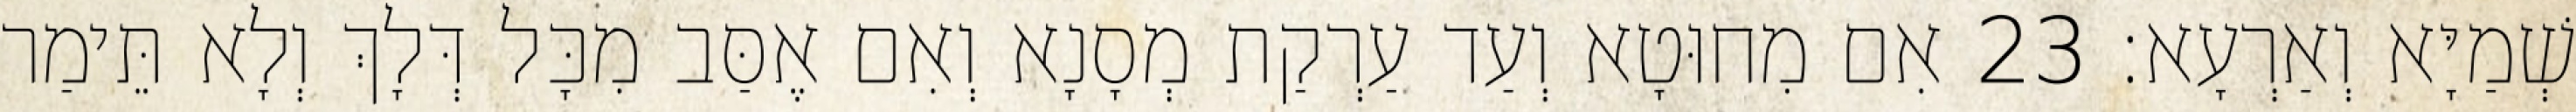
שְׁמַיָּא וְאַרְעָא׃ 23 אִם מִחוּטָא וְעַד עַרְקַת מְסָנָא וְאִם אֶסַּב מִכָּל דְּלָךְ וְלָא תֵּימַר